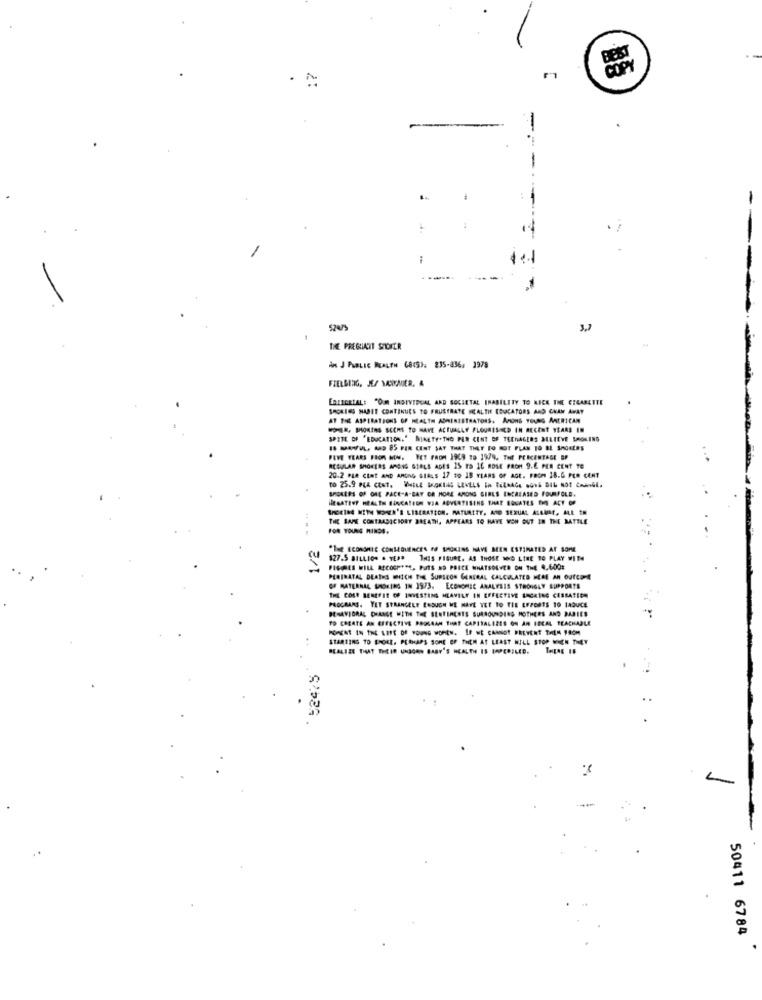
-
3.
THE PREGIATI SHOFER
An J PUBLIC HEALTH 68(S). 835-836; 1978
FIELDING, JE/ MANYAUER. A
ERLIGRIAL: "OM INDIVIDUAL AND SOCIETAL INABILITY TO KICK THE CIGARETTE
SHORING HABIT CONTINUES TO FRUSTRATE MCALTIE EDUCATORS AND CHAM AWAY
AT THE ASPIRATIONS OF HEALTH ASHERISTRATORS. AMOINS TOURS AMERICAN
MON, SHOWING SCERS TO HAVE ACTUALLY FLOURISHCD IN RECENT YEARS IN
SPITE OF "EDUCATION." NINETY. THO PER CENT OF TEENAGERS BELIEVE SMOKING
IS MAAWFUL, AR 85 PER CENT SAY THAT THEY FO MOT PLAN TO ME SMOKERS
FIVE YEARS FROM NOW. YET FROM 1909 19 1979. THE PERCENTAGE BP
ACOVLAR SHOWERS AMONG GIRLS ADES IS TO 16 ROSE FROM 9.6 PER CENT TO
20-2 PLR CLAT AND AMONG GIALS 17 20 18 YEARS OF AGE. FROM 18.6 PER CENT
BROKERS OF ORE PACE-A-BAY OR MORE AMONG GIRLS INCREASED FOURFOLD.
IlEGATEOF HEALTH BINCATION VIA ADVERTISING THAT SONATES IM ACT OF
SMOKIN4 WITH WOREA'S LIBERATION. MATURITY, AND SEXUAL ALLAME, ALL IN
THE BARE CONTAADICIONY BREATH, APPEARS TO HAVE WON OUT IN THE BATTLE
FOR YOUNG MINDS.
1/2
"1- ECONOMIC CONSEQUENCES FF SMACKING HAVE BEEN ESTIMATED AT SOME
$27.5 BILLION . YEAR THIS FIGURE. AS THOSE 100 LIRE TO PLAY WITH
FIGIRES WILL BECOSPORE, PUTS ND PRICE WHATSOEVER ON THE 4.6001
PERINATAL DEATHS WHICH THE SURGEON GENERAL CALCULATED HEME AN OUTCOME
OF MATERNAL SHORING IN 1973. ECONOMIC ANALYSIS STRONGLY SUPPORTS
THE COST BENEFIT OF INVESTING HEAVILY IN EFFECTIVE LACKING CESSATION
BEHAVIORAL DRANGE WITH THE SENTIMENTS SURROUNDING MOTHERS AND DARIES
PROCBARS, YET STRANGELY ENOUGH WE HAVE VET TO THE EFFORTS 10 IADVICE
TO CREATE AN EFFECTIVE PROGRAM THAT CAPITALIZES ON AN IDEAL TEACHABLE
STARTING TO SMOKE. PERHAPS SOME OF THEM AT LEAST WILL STOP MICH THEY
...
REALIZE THAT THEIR UNBORN BABY'S HEALTH IS PAPERILED.
52475
50411 6784